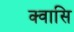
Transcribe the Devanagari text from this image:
क्वासि